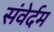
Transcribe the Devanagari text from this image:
संवेर्दम